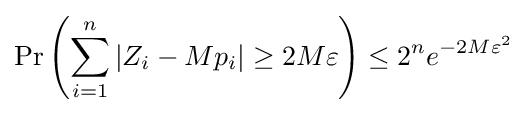
\Pr \left(\sum _{i=1}^{n}|Z_{i}-Mp_{i}|\geq 2M\varepsilon \right)\leq 2^{n}e^{-2M\varepsilon ^{2}}